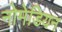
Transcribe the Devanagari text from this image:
नोमेडियन